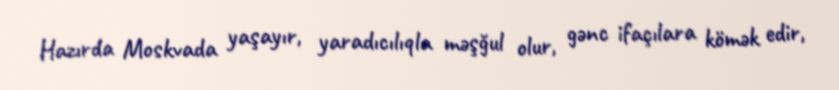
Hazırda Moskvada yaşayır, yaradıcılıqla məşğul olur, gənc ifaçılara kömək edir,